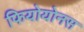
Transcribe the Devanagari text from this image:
फियोयोनस